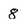
Character: 8